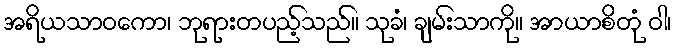
အရိယသာဝကော၊ ဘုရားတပည့်သည်။ သုခံ၊ ချမ်းသာကို။ အာယာစိတုံ ဝါ၊